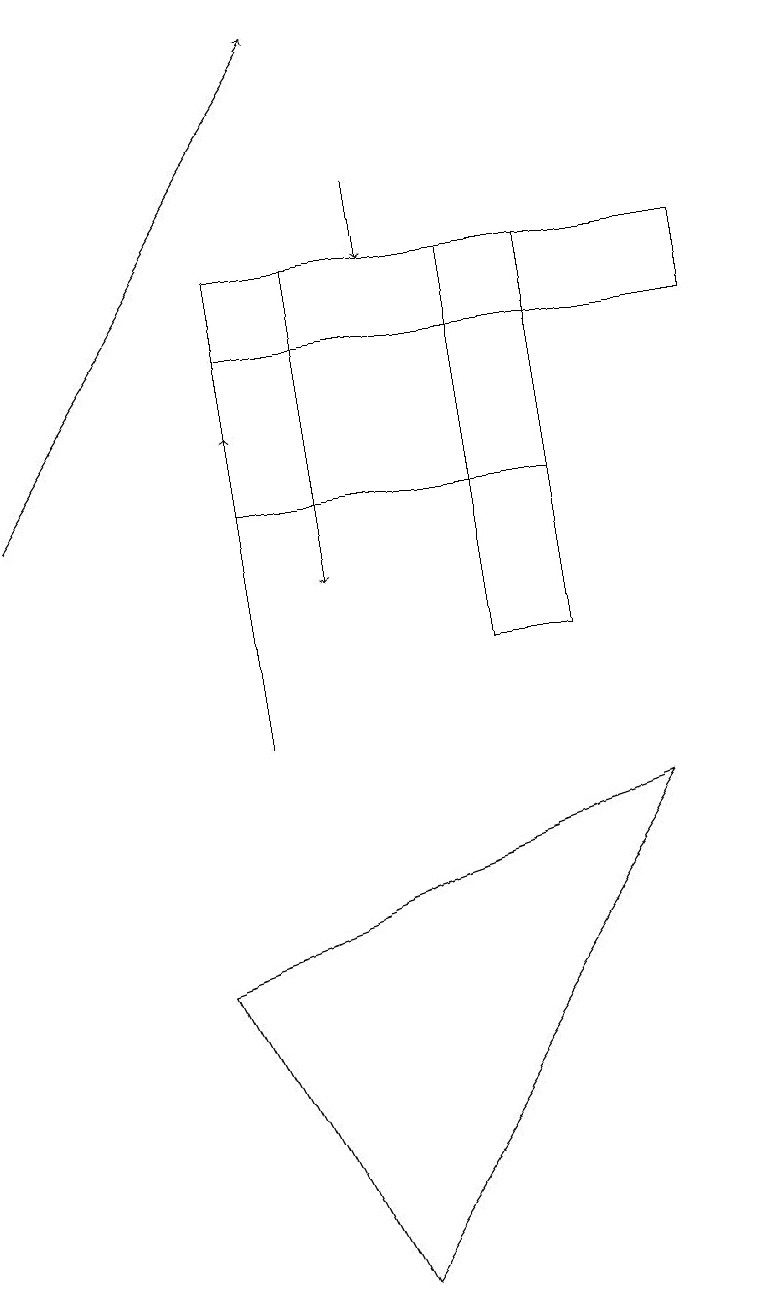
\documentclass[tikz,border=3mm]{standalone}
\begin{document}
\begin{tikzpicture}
\draw[->] (5,17) -- (5,16);
\draw[->] (4,16) -- (4,12);
\draw (6,11) rectangle (7,16);
\draw (8,9) -- (4,3) -- (2,7) -- cycle;
\draw[->] (3,10) -- (3,14);
\draw (7,15) rectangle (3,13);
\draw[->] (0,13) -- (4,19);
\draw (9,16) rectangle (3,15);
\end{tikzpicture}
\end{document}